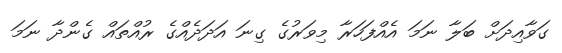
ގަވާއިދަށް ބަލާ ނަމަ އެއްފަހަރާ މިވަރުގެ ގިނަ އަދަދެއްގެ ރުއްތައް ގެންދާ ނަމަ